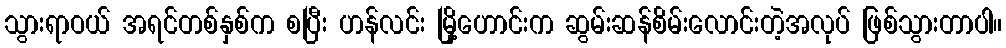
သွားရာဝယ် အရင်တစ်နှစ်က စပြီး ဟန်လင်း မြို့ဟောင်းက ဆွမ်းဆန်စိမ်းလောင်းတဲ့အလုပ် ဖြစ်သွားတာပါ။